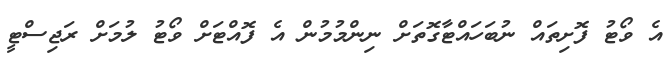
އެ ވޯޓު ފޮށިތައް ނުބަހައްޓާގޮތަށް ނިންމުމުން އެ ފޮއްޓަށް ވޯޓު ލުމަށް ރަޖިސްޓީ